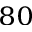
^ { 8 0 }